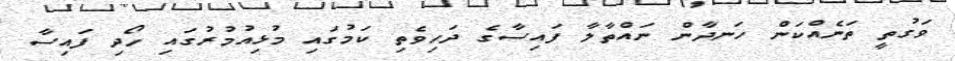
ވަގުތީ ތަނެއްކަން ހަނދާން ނައްތާލާ ފައިސާގެ ދަހިވެތި ކަމުގައި މުޅިއުމުރުގައި ހޯދި ފައިސާ